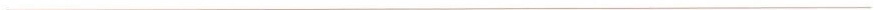
___